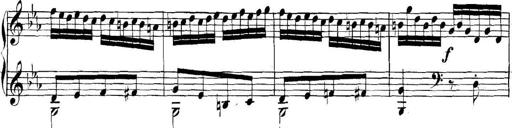
Title: Collected Piano Sonatas
Composer: Muzio Clementi